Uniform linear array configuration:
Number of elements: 32
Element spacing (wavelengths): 0.5
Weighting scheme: cosine
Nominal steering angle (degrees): -30
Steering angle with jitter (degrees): -29.78
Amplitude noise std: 0.05
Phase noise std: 0.05

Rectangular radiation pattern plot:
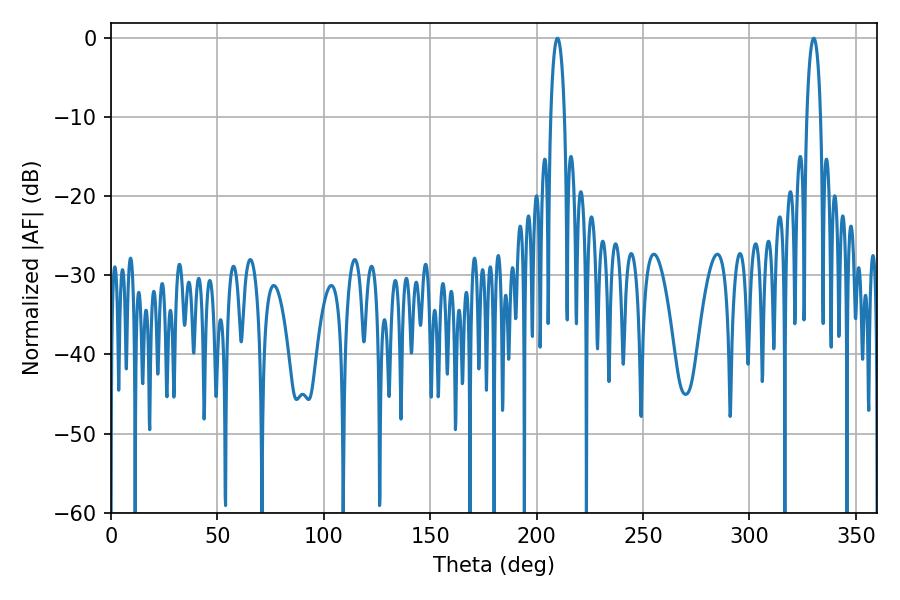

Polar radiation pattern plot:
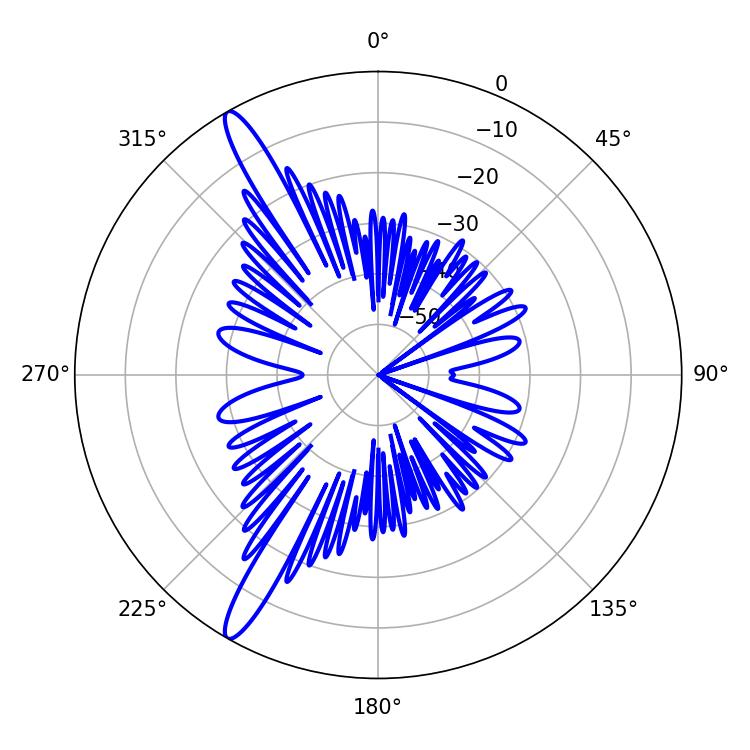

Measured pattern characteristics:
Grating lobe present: FALSE
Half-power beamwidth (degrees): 3.78
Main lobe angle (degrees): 209.7